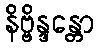
နိဗ္ဗိန္ဒန္တော